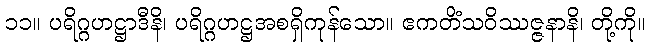
၁၁။ ပရိဂ္ဂဟဋ္ဌာဒီနိ၊ ပရိဂ္ဂဟဋ္ဌအစရှိကုန်သော။ ဧကတိံသဝိဿဇ္ဇနာနိ၊ တို့ကို။